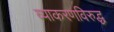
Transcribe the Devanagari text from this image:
व्याकरणविरुद्ध